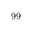
^ \mathrm { 9 9 }